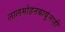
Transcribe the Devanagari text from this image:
लालमोहनबाबूंनाही